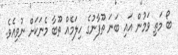
ބޯ މަތި ވަމުން އައި ބަނަ ތޫފާނުގެ ހިލަމެއް ތޫބާ މެނަކަށް ނުވިއެވެ.